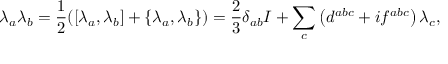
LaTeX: \lambda _ { a } \lambda _ { b } = { \frac { 1 } { 2 } } ( [ \lambda _ { a } , \lambda _ { b } ] + \{ \lambda _ { a } , \lambda _ { b } \} ) = { \frac { 2 } { 3 } } \delta _ { a b } I + \sum _ { c } \left( d ^ { a b c } + i f ^ { a b c } \right) \lambda _ { c } ,